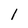
Character: 1